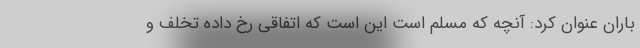
باران عنوان کرد: آنچه که مسلم است این است که اتفاقی رخ داده تخلف و